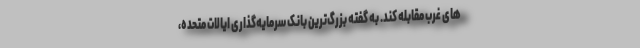
های غرب مقابله کند. به گفته بزرگ‌ترین بانک سرمایه‌گذاری ایالات متحده،